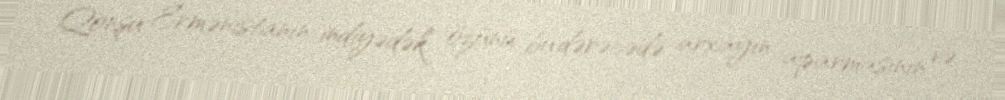
Qonşu Ermənistanın indiyədək özünü bu dərəcədə arxayın aparmasının və